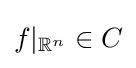
f|_{\mathbb {R} ^{n}}\in C